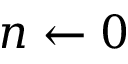
n \leftarrow 0